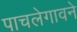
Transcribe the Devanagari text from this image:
पाचलेगावने